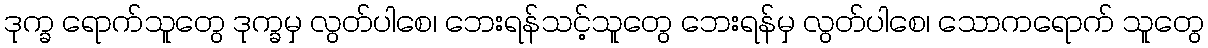
ဒုက္ခ ရောက်သူတွေ ဒုက္ခမှ လွတ်ပါစေ၊ ဘေးရန်သင့်သူတွေ ဘေးရန်မှ လွတ်ပါစေ၊ သောကရောက် သူတွေ